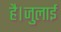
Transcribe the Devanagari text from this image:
है।जुलाई